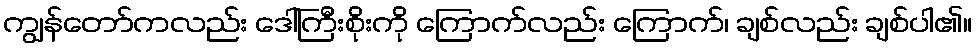
ကျွန်တော်ကလည်း ဒေါ်ကြီးစိုးကို ကြောက်လည်း ကြောက်၊ ချစ်လည်း ချစ်ပါ၏။